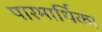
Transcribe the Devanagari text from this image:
पारमार्थिक।